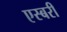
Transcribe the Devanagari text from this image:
एस्बरी